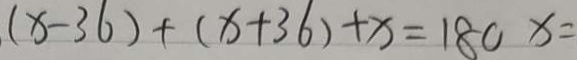
( x - 3 6 ) + ( x + 3 6 ) + x = 1 8 0 x =